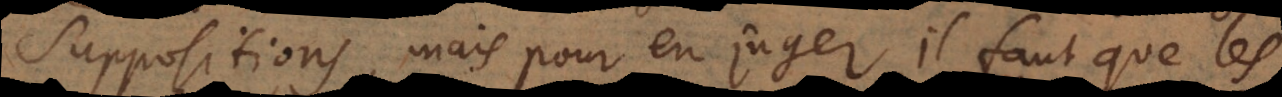
suppositions, mais pour en juger, il faut que les